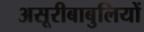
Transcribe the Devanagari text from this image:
असूरीबाबुलियों